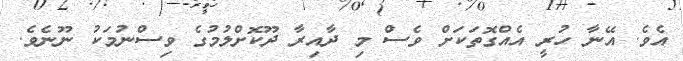
އެވެ. އޭނާ ހުރީ އެއްގޮތަކަށް ވެސް މި ދާއިރާ ދޫކޮށްލުމުގެ ވިސްނުމަކު ނޫނެވެ.